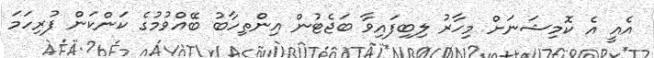
އެއީ އެ ކޮމިޝަނަށް މިހާރު ލިބިފައިވާ ބަޖެޓުން އިންތިހާބު ބޭއްވުމުގެ ކަންކަން ފުރިހަމަ